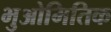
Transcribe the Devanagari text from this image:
भुओमितिक